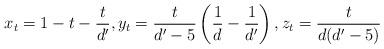
LaTeX: \begin{align*}x_t = 1 - t - \frac{t}{d'}, y_t = \frac{t}{d'-5} \left( \frac{1}{d} - \frac{1}{d'} \right), z_t = \frac{t}{d (d'-5)}\end{align*}